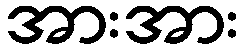
အားအား